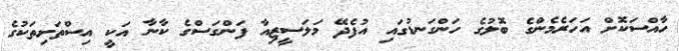
ހާއްސަކޮށް އަހަރެމެންގެ ބޮލުގެ ހަންގަނޑުގައި އުފެދޭ މަލަސީޒިއާ ފަންގަސްގެ ކާނާ އަކީ އިސްތަށިތަކުގެ